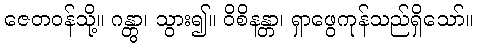
ဇေတဝန်သို့။ ဂန္တွာ၊ သွား၍။ ဝိစိနန္တာ၊ ရှာဖွေကုန်သည်ရှိသော်။